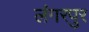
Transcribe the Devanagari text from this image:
लंगरपुर